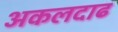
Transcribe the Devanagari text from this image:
अकलदाढ